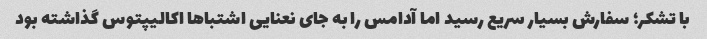
با تشکر؛ سفارش بسیار سریع رسید اما آدامس را به جای نعنایی اشتباها اکالیپتوس گذاشته بود